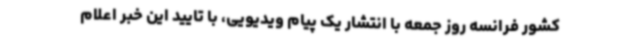
کشور فرانسه روز جمعه با انتشار یک پیام ویدیویی، با تایید این خبر اعلام